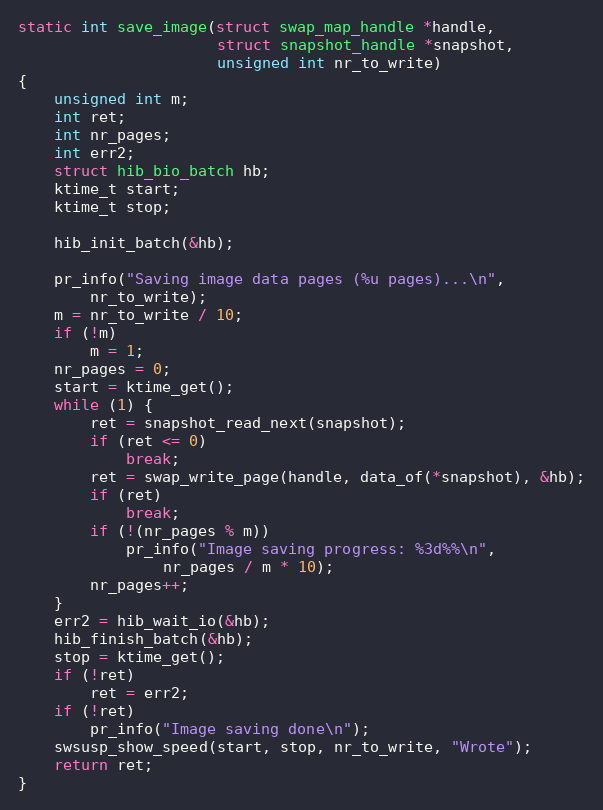
Language: C
static int save_image(struct swap_map_handle *handle,
                      struct snapshot_handle *snapshot,
                      unsigned int nr_to_write)
{
	unsigned int m;
	int ret;
	int nr_pages;
	int err2;
	struct hib_bio_batch hb;
	ktime_t start;
	ktime_t stop;

	hib_init_batch(&hb);

	pr_info("Saving image data pages (%u pages)...\n",
		nr_to_write);
	m = nr_to_write / 10;
	if (!m)
		m = 1;
	nr_pages = 0;
	start = ktime_get();
	while (1) {
		ret = snapshot_read_next(snapshot);
		if (ret <= 0)
			break;
		ret = swap_write_page(handle, data_of(*snapshot), &hb);
		if (ret)
			break;
		if (!(nr_pages % m))
			pr_info("Image saving progress: %3d%%\n",
				nr_pages / m * 10);
		nr_pages++;
	}
	err2 = hib_wait_io(&hb);
	hib_finish_batch(&hb);
	stop = ktime_get();
	if (!ret)
		ret = err2;
	if (!ret)
		pr_info("Image saving done\n");
	swsusp_show_speed(start, stop, nr_to_write, "Wrote");
	return ret;
}